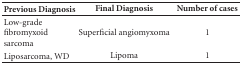
<table><thead><tr><td><b>Previous Diagnosis</b></td><td><b>Final Diagnosis</b></td><td><b>Number of cases</b></td></tr></thead><tbody><tr><td>Low-grade fibromyxoid sarcoma</td><td>Superficial angiomyxoma</td><td>1</td></tr><tr><td>Liposarcoma, WD</td><td>Lipoma</td><td>1</td></tr></tbody></table>